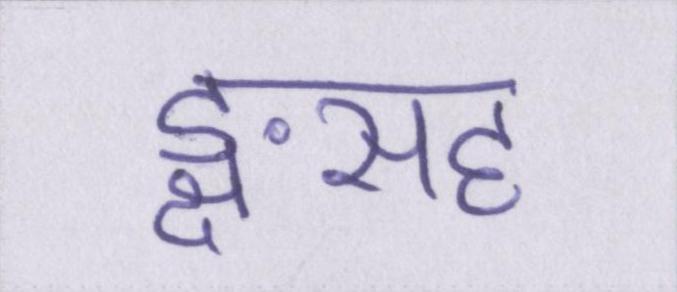
ङ्क्षसह